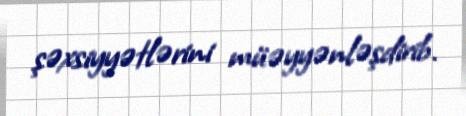
şəxsiyyətlərini müəyyənləşdirib.